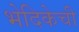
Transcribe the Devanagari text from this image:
भेदिकेची